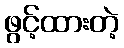
ဖွင့်ထားတဲ့